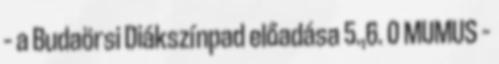
– a Budaörsi Diákszínpad előadása 5.,6. 0 MUMUS –